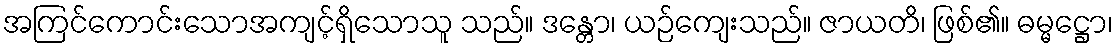
အကြင်ကောင်းသောအကျင့်ရှိသောသူ သည်။ ဒန္တော၊ ယဉ်ကျေးသည်။ ဇာယတိ၊ ဖြစ်၏။ ဓမ္မဋ္ဌော၊